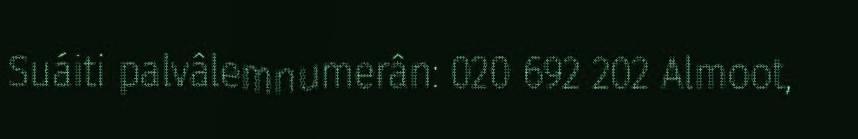
Suáiti palvâlemnumerân: 020 692 202 Almoot,